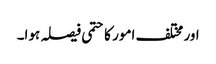
اور مختلف امور کا حتمی فیصلہ ہوا۔